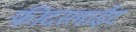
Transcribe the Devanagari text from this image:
फीदरलाईट